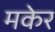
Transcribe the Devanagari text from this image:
मकेर